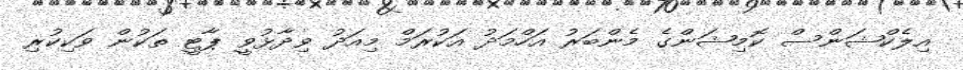
އިލެކްޝަންސް ކޮމިޝަންގެ މެންބަރު އަހްމަދު އަކުރަމް މިއަދު ވިދާޅުވީ ޕާޓީ ތަކުން ވަކިކުރި